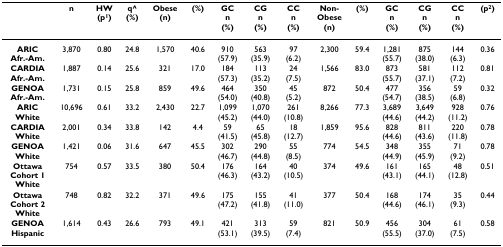
<table><thead><tr><td></td><td><b>n</b></td><td><b>HW(p<sup>1</sup>)</b></td><td><b>q^(%)</b></td><td><b>Obese(n)</b></td><td><b>(%)</b></td><td><b>GCn(%)</b></td><td><b>CGn(%)</b></td><td><b>CCn(%)</b></td><td><b>Non-Obese(n)</b></td><td><b>(%)</b></td><td><b>GCn(%)</b></td><td><b>CGn(%)</b></td><td><b>CCn(%)</b></td><td><b>(p<sup>2</sup>)</b></td></tr></thead><tbody><tr><td><b>ARIC</b><b>Afr.-Am.</b></td><td>3,870</td><td>0.80</td><td>24.8</td><td>1,570</td><td>40.6</td><td>910(57.9)</td><td>563(35.9)</td><td>97(6.2)</td><td>2,300</td><td>59.4</td><td>1,281(55.7)</td><td>875(38.0)</td><td>144(6.3)</td><td>0.36</td></tr><tr><td><b>CARDIA</b><b>Afr.-Am.</b></td><td>1,887</td><td>0.14</td><td>25.6</td><td>321</td><td>17.0</td><td>184(57.3)</td><td>113(35.2)</td><td>24(7.5)</td><td>1,566</td><td>83.0</td><td>873(55.7)</td><td>581(37.1)</td><td>112(7.2)</td><td>0.81</td></tr><tr><td><b>GENOA</b><b>Afr.-Am.</b></td><td>1,731</td><td>0.15</td><td>25.8</td><td>859</td><td>49.6</td><td>464(54.0)</td><td>350(40.8)</td><td>45(5.2)</td><td>872</td><td>50.4</td><td>477(54.7)</td><td>356(38.5)</td><td>59(6.8)</td><td>0.32</td></tr><tr><td><b>ARIC</b><b>White</b></td><td>10,696</td><td>0.61</td><td>33.2</td><td>2,430</td><td>22.7</td><td>1,099(45.2)</td><td>1,070(44.0)</td><td>261(10.8)</td><td>8,266</td><td>77.3</td><td>3,689(44.6)</td><td>3,649(44.2)</td><td>928(11.2)</td><td>0.76</td></tr><tr><td><b>CARDIA</b><b>White</b></td><td>2,001</td><td>0.34</td><td>33.8</td><td>142</td><td>4.4</td><td>59(41.5)</td><td>65(45.8)</td><td>18(12.7)</td><td>1,859</td><td>95.6</td><td>828(44.6)</td><td>811(43.6)</td><td>220(11.8)</td><td>0.78</td></tr><tr><td><b>GENOA</b><b>White</b></td><td>1,421</td><td>0.06</td><td>31.6</td><td>647</td><td>45.5</td><td>302(46.7)</td><td>290(44.8)</td><td>55(8.5)</td><td>774</td><td>54.5</td><td>348(44.9)</td><td>355(45.9)</td><td>71(9.2)</td><td>0.78</td></tr><tr><td><b>Ottawa</b><b>Cohort 1</b><b>White</b></td><td>754</td><td>0.57</td><td>33.5</td><td>380</td><td>50.4</td><td>176(46.3)</td><td>164(43.2)</td><td>40(10.5)</td><td>374</td><td>49.6</td><td>161(43.1)</td><td>165(44.1)</td><td>48(12.8)</td><td>0.51</td></tr><tr><td><b>Ottawa</b><b>Cohort 2</b><b>White</b></td><td>748</td><td>0.82</td><td>32.2</td><td>371</td><td>49.6</td><td>175(47.2)</td><td>155(41.8)</td><td>41(11.0)</td><td>377</td><td>50.4</td><td>168(44.6)</td><td>174(46.1)</td><td>35(9.3)</td><td>0.44</td></tr><tr><td><b>GENOA</b><b>Hispanic</b></td><td>1,614</td><td>0.43</td><td>26.6</td><td>793</td><td>49.1</td><td>421(53.1)</td><td>313(39.5)</td><td>59(7.4)</td><td>821</td><td>50.9</td><td>456(55.5)</td><td>304(37.0)</td><td>61(7.5)</td><td>0.58</td></tr></tbody></table>